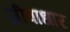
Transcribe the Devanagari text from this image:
जीवाधार